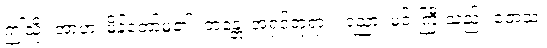
ဤသို့။ အာဟ၊ မိန့်တော်မူ၏။ ဘန္တေ၊ အရှင်ဘုရား။ ရညာ၊ မင်းကြီးသည်။ တေသံ၊